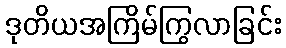
ဒုတိယအကြိမ်ကြွလာခြင်း